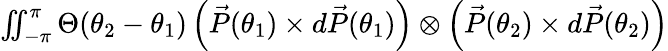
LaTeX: \begin{array}{r}{\iint_{-\pi}^{\pi}\Theta(\theta_{2}-\theta_{1})\left(\vec{P}(\theta_{1})\times d\vec{P}(\theta_{1})\right)\otimes\left(\vec{P}(\theta_{2})\times d\vec{P}(\theta_{2})\right)}\end{array}